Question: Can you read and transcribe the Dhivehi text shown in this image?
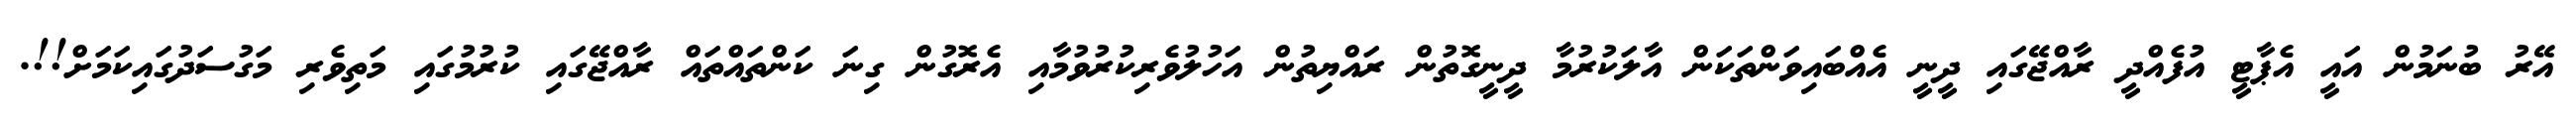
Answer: އޭރު ބުނަމުން އައީ އެޕާޓީ އުފެއްދީ ރާއްޖޭގައި ދީނީ އެއްބައިވަންތަކަން އާލަކުރުމާ ދީނީގޮތުން ރައްޔިތުން އަހުލުވެރިކުރުވުމާއި އެރޮގުން ގިނަ ކަންތައްތައް ރާއްޖޭގައި ކުރުމުގައި މަތިވެރި މަގުސަދުގައިކަމަށް!!.